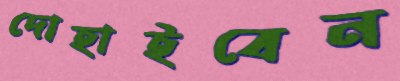
দোহাইবেন